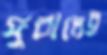
ফুরালেই